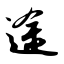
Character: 途